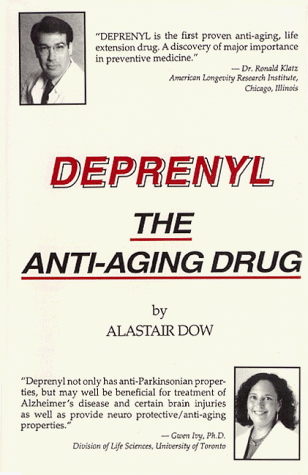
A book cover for Deprenyl: The Anti-Aging Drug; Alastair Dow; Health, Fitness & Dieting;